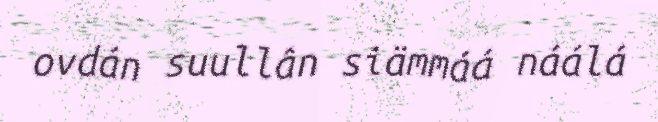
ovdán suullân siämmáá náálá